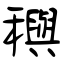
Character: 穥